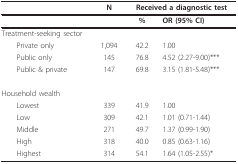
|  | N | <COLSPAN=2> Received a diagnostic test |
 | --- | --- | --- | --- |
 |  |  | % | OR (95% CI) |
 | Treatment-seeking sector |  |  |  |
 | Private only | 1,094 | 42.2 | 1.00 |
 | Public only | 145 | 76.8 | 4.52 (2.27-9.00)*** |
 | Public & private | 147 | 69.8 | 3.15 (1.81-5.48)*** |
 | Household wealth |  |  |  |
 | Lowest | 339 | 41.9 | 1.00 |
 | Low | 309 | 42.1 | 1.01 (0.71-1.44) |
 | Middle | 271 | 49.7 | 1.37 (0.99-1.90) |
 | High | 318 | 40.0 | 0.85 (0.63-1.16) |
 | Highest | 314 | 54.1 | 1.64 (1.05-2.55)* |